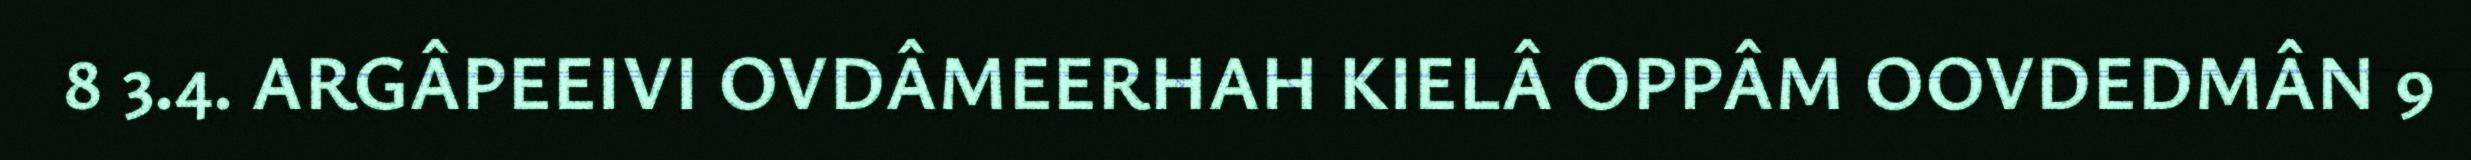
8 3.4. ARGÂPEEIVI OVDÂMEERHAH KIELÂ OPPÂM OOVDEDMÂN 9